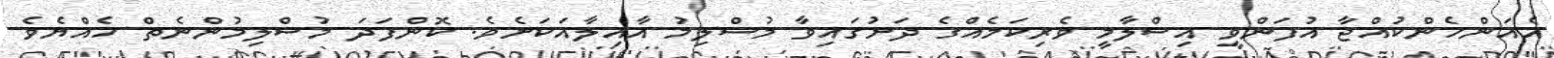
އެއަންހެންކުއްޖާ އުފަންވީ އިސްލާމީ ވެރިކަމެއްގެ ދަށުގައިވާ މުސްލިމު އާއިލާއަކަށެވެ. ކޮންފަދަ މުސްލިމުންނެތް ހެއްޔެވެ